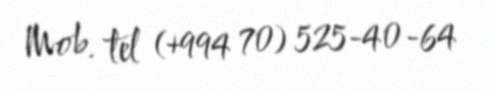
Mob. tel (+994 70) 525-40-64